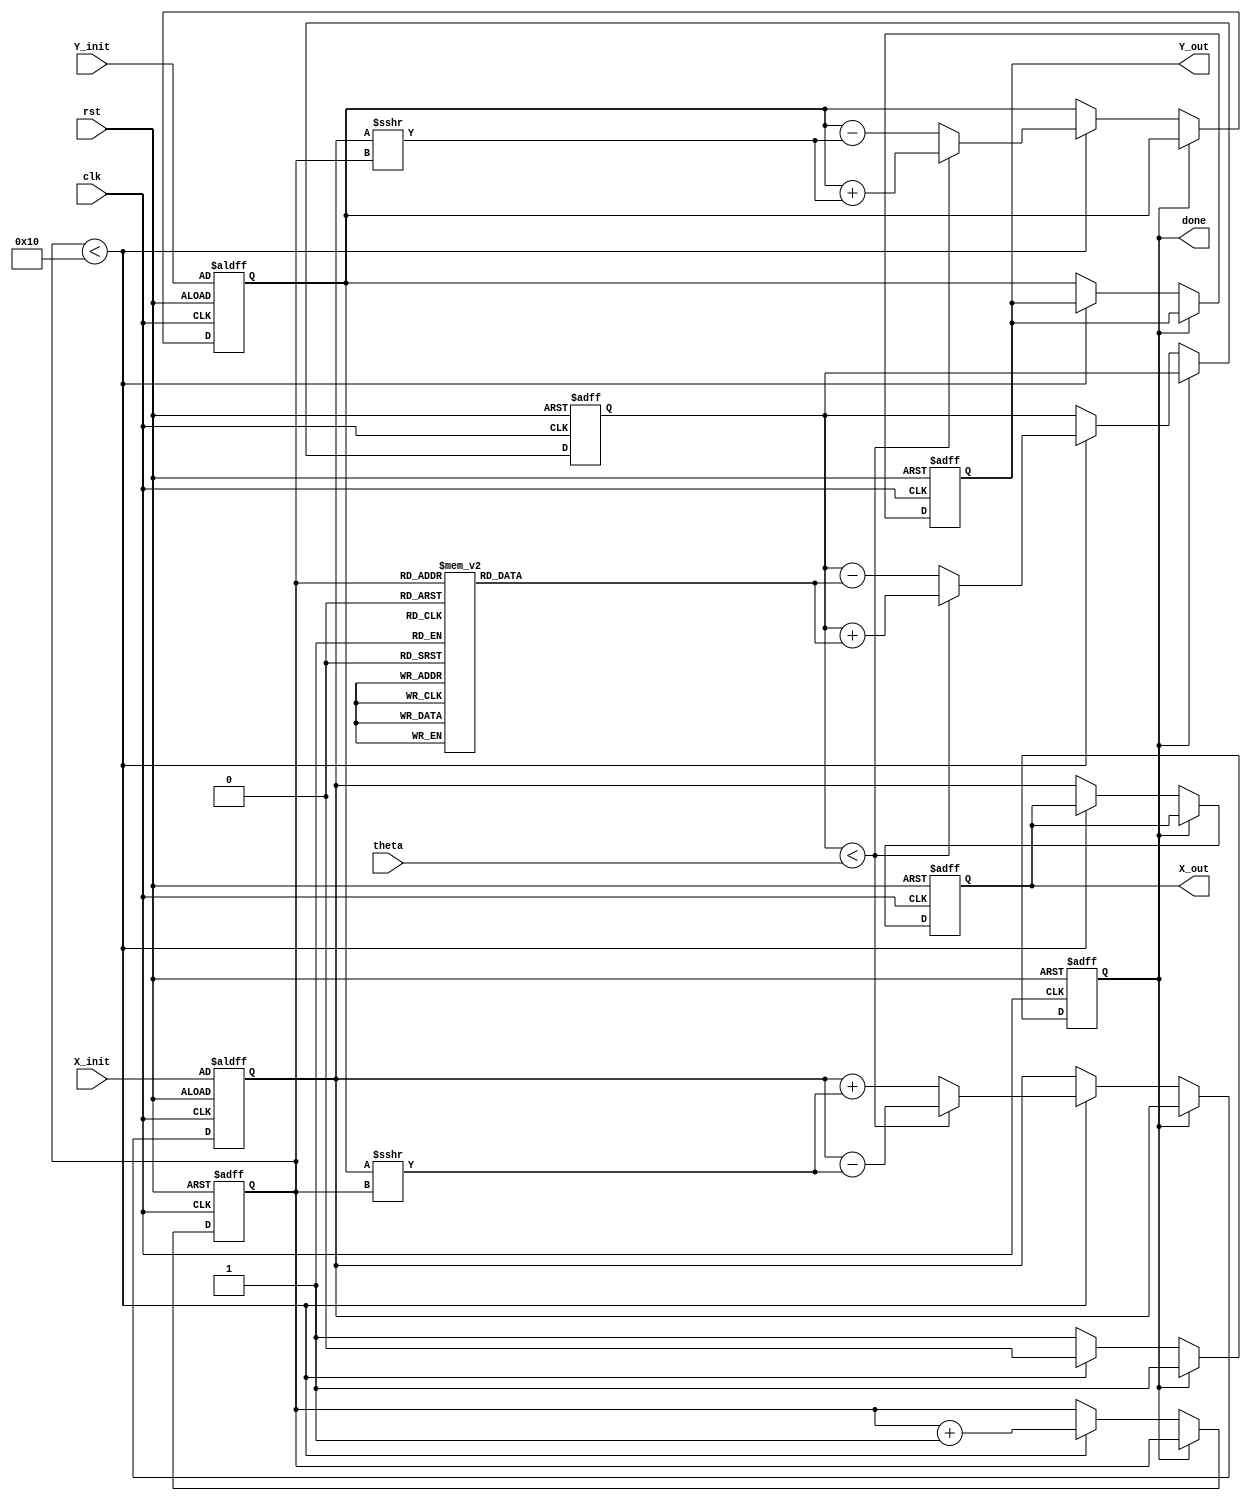
module cordic_fixed_point #(
    parameter N = 16,           // Total bits for fixed-point representation
    parameter I = 8,            // Integer bits
    parameter ITERATIONS = 16   // Number of iterations for CORDIC
)(
    input wire clk,
    input wire rst,
    input wire [N-1:0] theta,   // Input angle (fixed-point)
    input wire [N-1:0] X_init,   // Initial X coordinate
    input wire [N-1:0] Y_init,   // Initial Y coordinate
    output reg [N-1:0] X_out,    // Output X coordinate
    output reg [N-1:0] Y_out,    // Output Y coordinate
    output reg done              // Processing done flag
);

    // CORDIC angle lookup table (arctan(2^-i) in fixed-point format)
    reg [N-1:0] angle_table [0:ITERATIONS-1];
    initial begin
        angle_table[0] = 16'h2000; // atan(2^0)
        angle_table[1] = 16'h1000; // atan(2^-1)
        angle_table[2] = 16'h0800; // atan(2^-2)
        angle_table[3] = 16'h0400; // atan(2^-3)
        angle_table[4] = 16'h0200; // atan(2^-4)
        angle_table[5] = 16'h0100; // atan(2^-5)
        angle_table[6] = 16'h0080; // atan(2^-6)
        angle_table[7] = 16'h0040; // atan(2^-7)
        angle_table[8] = 16'h0020; // atan(2^-8)
        angle_table[9] = 16'h0010; // atan(2^-9)
        angle_table[10] = 16'h0008; // atan(2^-10)
        angle_table[11] = 16'h0004; // atan(2^-11)
        angle_table[12] = 16'h0002; // atan(2^-12)
        angle_table[13] = 16'h0001; // atan(2^-13)
        angle_table[14] = 16'h0000; // atan(2^-14)
        angle_table[15] = 16'hFFFF; // atan(2^-15)
    end

    reg [N-1:0] X, Y;
    reg [N-1:0] theta_accum; // Accumulated angle
    reg [3:0] i; // Iteration counter

    always @(posedge clk or posedge rst) begin
        if (rst) begin
            X <= X_init;
            Y <= Y_init;
            theta_accum <= 0;
            i <= 0;
            done <= 0;
            X_out <= 0;
            Y_out <= 0;
        end else if (!done) begin
            if (i < ITERATIONS) begin
                // Determine direction based on the current accumulated angle
                if (theta_accum < theta) begin
                    // Counter-clockwise rotation
                    X <= X - (Y >>> i);
                    Y <= Y + (X >>> i);
                    theta_accum <= theta_accum + angle_table[i];
                end else begin
                    // Clockwise rotation
                    X <= X + (Y >>> i);
                    Y <= Y - (X >>> i);
                    theta_accum <= theta_accum - angle_table[i];
                end
                i <= i + 1;
            end else begin
                // Finished iterations
                X_out <= X;
                Y_out <= Y;
                done <= 1;
            end
        end
    end

endmodule